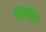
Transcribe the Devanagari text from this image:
लिव्हिए